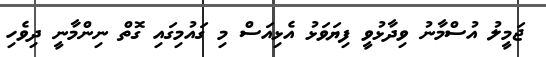
ޖަމީލު އުސްމާނު ވިދާޅުވީ ފިޔަވަޅު އެޅިއަސް މި ގައުމިގައި ގޮތް ނިންމާނީ ދިވެހި